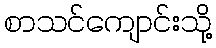
စာသင်ကျောင်းသို့